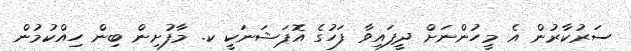
ސަރުކާރުން އެ މީހުންނަށް ދީފައިވާ ފަހުގެ އޮޕަޝަނަކީ ކ. މާފުށިން ބިން ހިއްކުމުން